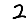
Digit: 2